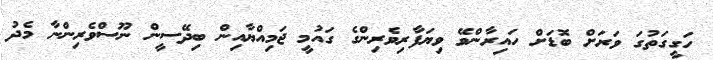
ހަގީގަތުގަ ވަރަށް ބޮޑަށް ހައިރާންވޭ ވިޔަފާރިވެރިންގެ ގައުމީ ޖަމިއްޔާއިން ބިދޭސީން ނޫސްވެރިންނާ މެދު